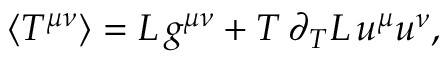
\langle T ^ { \mu \nu } \rangle = { \cal L } \, g ^ { \mu \nu } + T \, \partial _ { T } { \cal L } \, u ^ { \mu } u ^ { \nu } ,